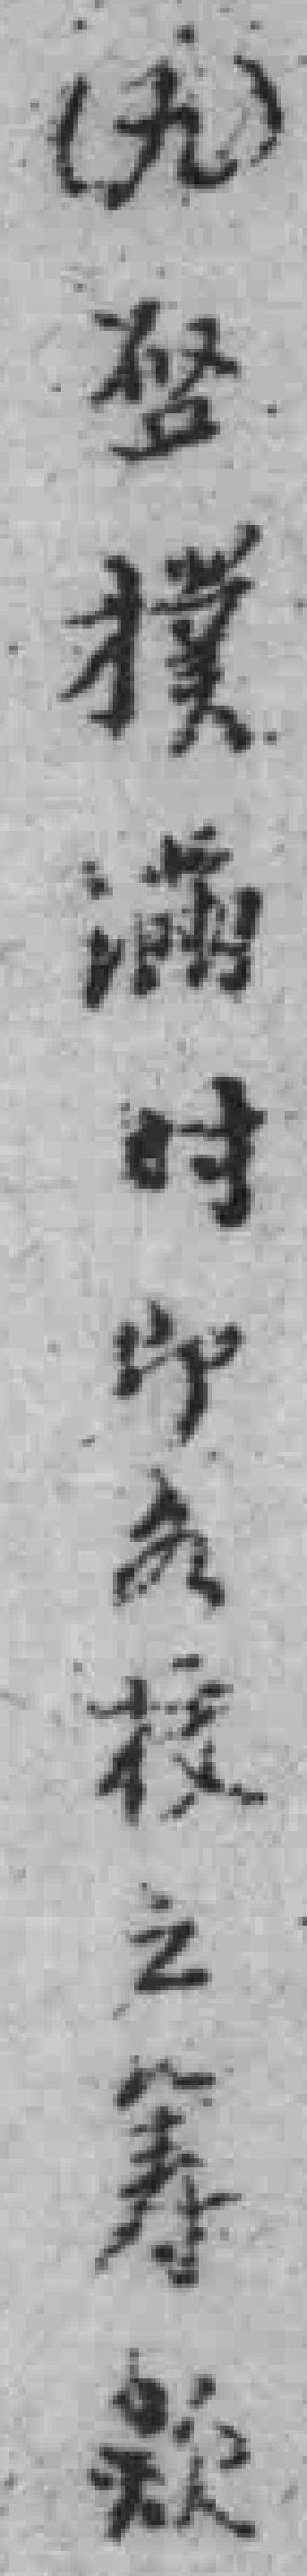
(九)唘撲滿时即*校之筹欵